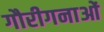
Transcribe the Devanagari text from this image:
गौरीगनाओं